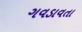
ગવડાવતા